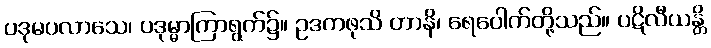
ပဒုမပလာသေ၊ ပဒုမ္မာကြာရွက်၌။ ဥဒကဖုသိ တာနိ၊ ရေပေါက်တို့သည်။ ပဋိလီယန္တိ